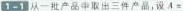
1-1 从一批产品中取出三件产品，设$$A =